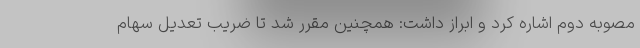
مصوبه دوم اشاره کرد و ابراز داشت: همچنین مقرر شد تا ضریب تعدیل سهام